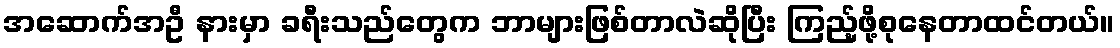
အဆောက်အဦ နားမှာ ခရီးသည်တွေက ဘာများဖြစ်တာလဲဆိုပြီး ကြည့်ဖို့စုနေတာထင်တယ်။